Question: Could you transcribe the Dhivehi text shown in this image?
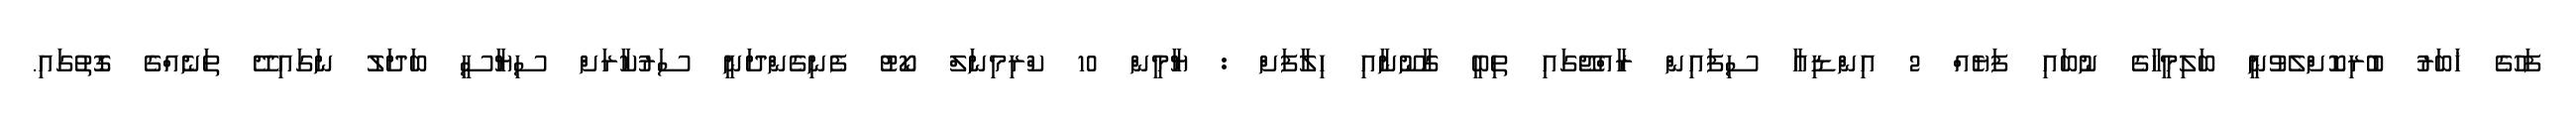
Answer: ފަހުގެ ޚަބަރު ބުރިކޮށްލެވުނީ ބަލިމީހާގެ ނުބައި ފަޔެއް 2 އިންޑިއާ ސިފައިން ރާއްޖޭގައި ތިބީ ގާނޫނާއި ހިލާފަށް : ޔާމީން 10 ކްރިމިނަލް ކޯޓު ފެނިގެންދަނީ ސަރުކާރަށް ސިޔާސީ ބަދަލު ނަގައިދޭ ތަނެއްގެ ގޮތުގައި.